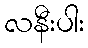
လနီးပါး